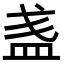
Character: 𥁘